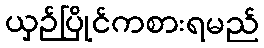
ယှဉ်ပြိုင်ကစားရမည်